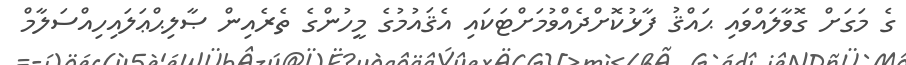
ގެ މަގަށް ގޮވާލައްވައި ޙައްޤު ފާޅުކޮށްދެއްވުމަށްޓަކައި އެޤައުމުގެ މީހުންގެ ތެރެއިން ޞާލިޙްޢަލައިހިއްސަލާމް